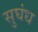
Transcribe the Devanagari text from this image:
सुघंध